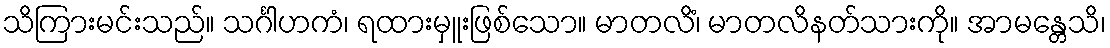
သိကြားမင်းသည်။ သင်္ဂါဟကံ၊ ရထားမှူးဖြစ်သော။ မာတလိံ၊ မာတလိနတ်သားကို။ အာမန္တေသိ၊